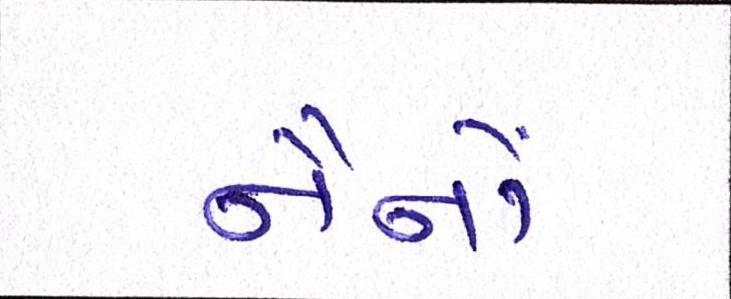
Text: નૈનોં